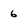
Character: 6